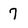
Character: 7